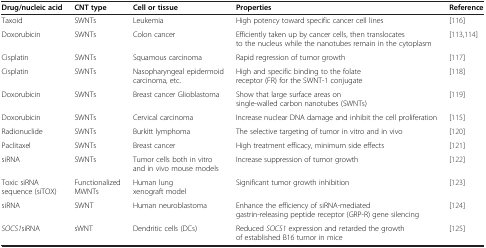
<table><thead><tr><td><b>Drug/nucleic acid</b></td><td><b>CNT type</b></td><td><b>Cell or tissue</b></td><td><b>Properties</b></td><td><b>Reference</b></td></tr></thead><tbody><tr><td>Taxoid</td><td>SWNTs</td><td>Leukemia</td><td>High potency toward specific cancer cell lines</td><td>[116]</td></tr><tr><td>Doxorubicin</td><td>SWNTs</td><td>Colon cancer</td><td>Efficiently taken up by cancer cells, then translocates to the nucleus while the nanotubes remain in the cytoplasm</td><td>[113,114]</td></tr><tr><td>Cisplatin</td><td>SWNTs</td><td>Squamous carcinoma</td><td>Rapid regression of tumor growth</td><td>[117]</td></tr><tr><td>Cisplatin</td><td>SWNTs</td><td>Nasopharyngeal epidermoid carcinoma, etc.</td><td>High and specific binding to the folate receptor (FR) for the SWNT-1 conjugate</td><td>[118]</td></tr><tr><td>Doxorubicin</td><td>SWNTs</td><td>Breast cancer Glioblastoma</td><td>Show that large surface areas on single-walled carbon nanotubes (SWNTs)</td><td>[119]</td></tr><tr><td>Doxorubicin</td><td>SWNTs</td><td>Cervical carcinoma</td><td>Increase nuclear DNA damage and inhibit the cell proliferation</td><td>[115]</td></tr><tr><td>Radionuclide</td><td>SWNTs</td><td>Burkitt lymphoma</td><td>The selective targeting of tumor in vitro and in vivo</td><td>[120]</td></tr><tr><td>Paclitaxel</td><td>SWNTs</td><td>Breast cancer</td><td>High treatment efficacy, minimum side effects</td><td>[121]</td></tr><tr><td>siRNA</td><td>SWNTs</td><td>Tumor cells both in vitro and in vivo mouse models</td><td>Increase suppression of tumor growth</td><td>[122]</td></tr><tr><td>Toxic siRNA sequence (siTOX)</td><td>Functionalized MWNTs</td><td>Human lung xenograft model</td><td>Significant tumor growth inhibition</td><td>[123]</td></tr><tr><td>siRNA</td><td>SWNT</td><td>Human neuroblastoma</td><td>Enhance the efficiency of siRNA-mediated gastrin-releasing peptide receptor (GRP-R) gene silencing</td><td>[124]</td></tr><tr><td><i>SOCS1</i>siRNA</td><td>sWNT</td><td>Dendritic cells (DCs)</td><td>Reduced <i>SOCS1</i> expression and retarded the growth of established B16 tumor in mice</td><td>[125]</td></tr></tbody></table>